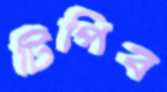
টিপিব